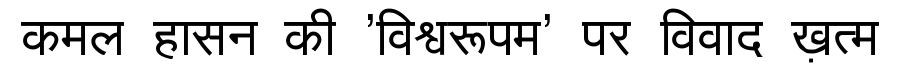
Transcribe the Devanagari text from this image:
कमल हासन की 'विश्वरूपम' पर विवाद ख़त्म